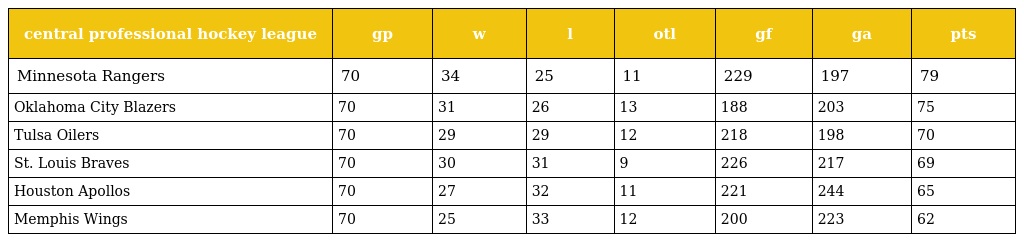
| central professional hockey league | gp | w | l | otl | gf | ga | pts |
 | --- | --- | --- | --- | --- | --- | --- | --- |
 | Minnesota Rangers | 70 | 34 | 25 | 11 | 229 | 197 | 79 |
 | Oklahoma City Blazers | 70 | 31 | 26 | 13 | 188 | 203 | 75 |
 | Tulsa Oilers | 70 | 29 | 29 | 12 | 218 | 198 | 70 |
 | St. Louis Braves | 70 | 30 | 31 | 9 | 226 | 217 | 69 |
 | Houston Apollos | 70 | 27 | 32 | 11 | 221 | 244 | 65 |
 | Memphis Wings | 70 | 25 | 33 | 12 | 200 | 223 | 62 |